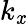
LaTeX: k_{\mathit{x}}